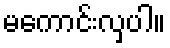
မကောင်းလှပါ။